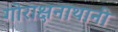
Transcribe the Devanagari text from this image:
गोराक्षनाथानी